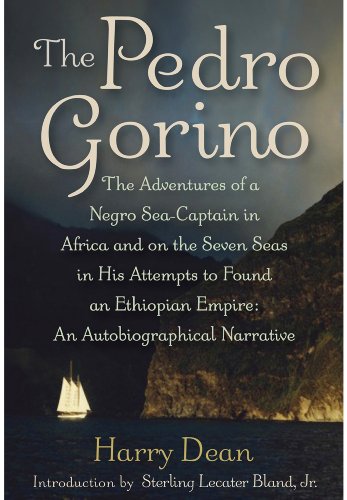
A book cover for The Pedro Gorino: The Adventures of a Negro Sea-Captain in Africa and on the Seven Seas in His Attempts to Found an Ethiopian Empire; Harry Dean; History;